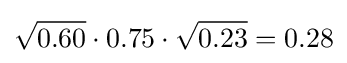
{\sqrt {0.60}}\cdot 0.75\cdot {\sqrt {0.23}}=0.28